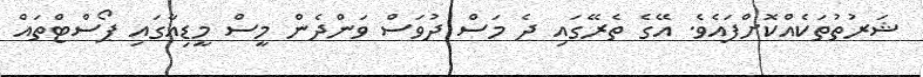
ޝަރުތުތަކެއްކޮށްފައެވެ. އޭގެ ތެރޭގައި ދެ މަސް ދުވަސް ވަންދެން މީސް މީޑިއާގައި ޕޯސްޓްތައް